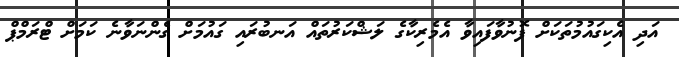
އަދި އެކިގައުމުތަކަށް ފޮނުވާފައިވާ އެމެރިކާގެ ލަޝްކަރުތައް އަނބުރައި ގައުމަށް ގެންނަވާނެ ކަމަށް ޓްރަމްޕް